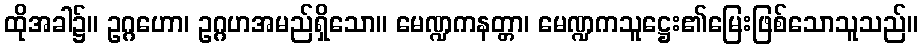
ထိုအခါ၌။ ဥဂ္ဂဟော၊ ဥဂ္ဂဟအမည်ရှိသော။ မေဏ္ဍကနတ္တာ၊ မေဏ္ဍကသူဋ္ဌေး၏မြေးဖြစ်သောသူသည်။